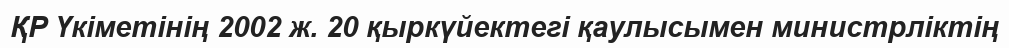
ҚР Үкіметінің 2002 ж. 20 қыркүйектегі қаулысымен министрліктің